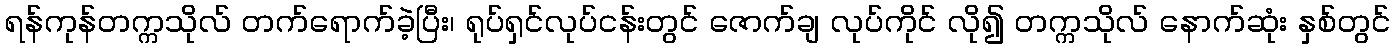
ရန်ကုန်တက္ကသိုလ် တက်ရောက်ခဲ့ပြီး၊ ရုပ်ရှင်လုပ်ငန်းတွင် ဇောက်ချ လုပ်ကိုင် လို၍ တက္ကသိုလ် နောက်ဆုံး နှစ်တွင်